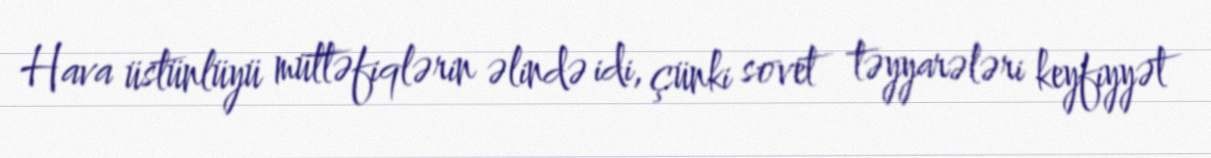
Hava üstünlüyü müttəfiqlərin əlində idi, çünki sovet təyyarələri keyfiyyət